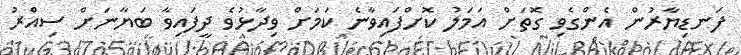
ފަނޑިޔާރުން އެންގެވި ގޮތަށް އަމަލު ކޮށްފައިވާނެ ކަމަށް ވިދާޅުވެ ދީފައިވާ ބަޔާނަށް ސިއްރު